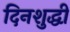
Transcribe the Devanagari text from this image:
दिनशुद्धी